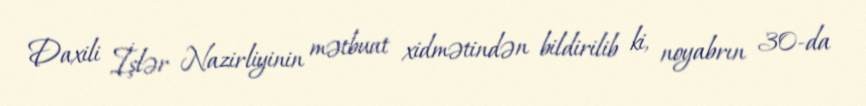
Daxili İşlər Nazirliyinin mətbuat xidmətindən bildirilib ki, noyabrın 30-da